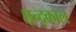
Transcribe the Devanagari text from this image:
छ्न्द्काल